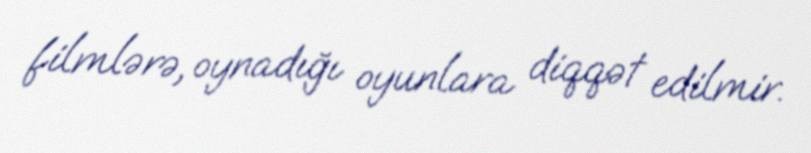
filmlərə, oynadığı oyunlara diqqət edilmir.